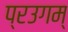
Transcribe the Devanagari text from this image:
प्रउगम्